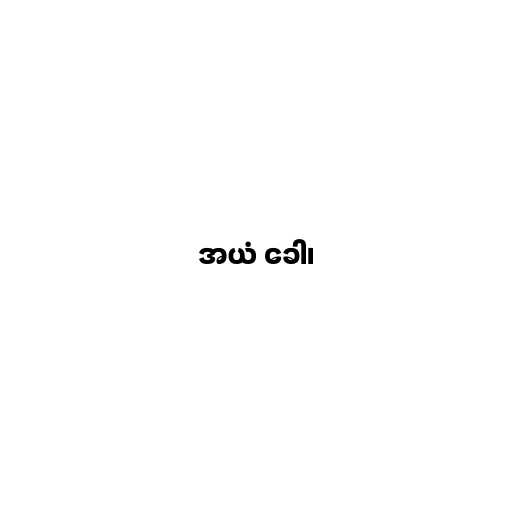
အယံ ခေါ၊